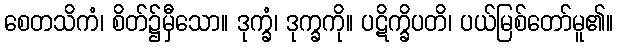
စေတသိကံ၊ စိတ်၌မှီသော။ ဒုက္ခံ၊ ဒုက္ခကို။ ပဋိက္ခိပတိ၊ ပယ်မြစ်တော်မူ၏။